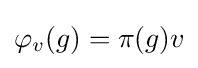
\varphi _{v}(g)=\pi (g)v